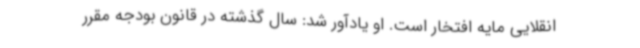
انقلایی مایه افتخار است. او یادآور شد: سال گذشته در قانون بودجه مقرر